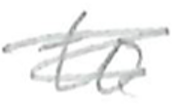
Text: to
Cross-out: scratch
Writing tool: pencil